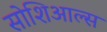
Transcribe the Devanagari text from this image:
सोशिआल्स